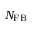
N _ { \mathrm { F B } }